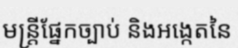
មន្ត្រីផ្នែកច្បាប់ និងអង្កេតនៃ